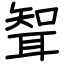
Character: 聟